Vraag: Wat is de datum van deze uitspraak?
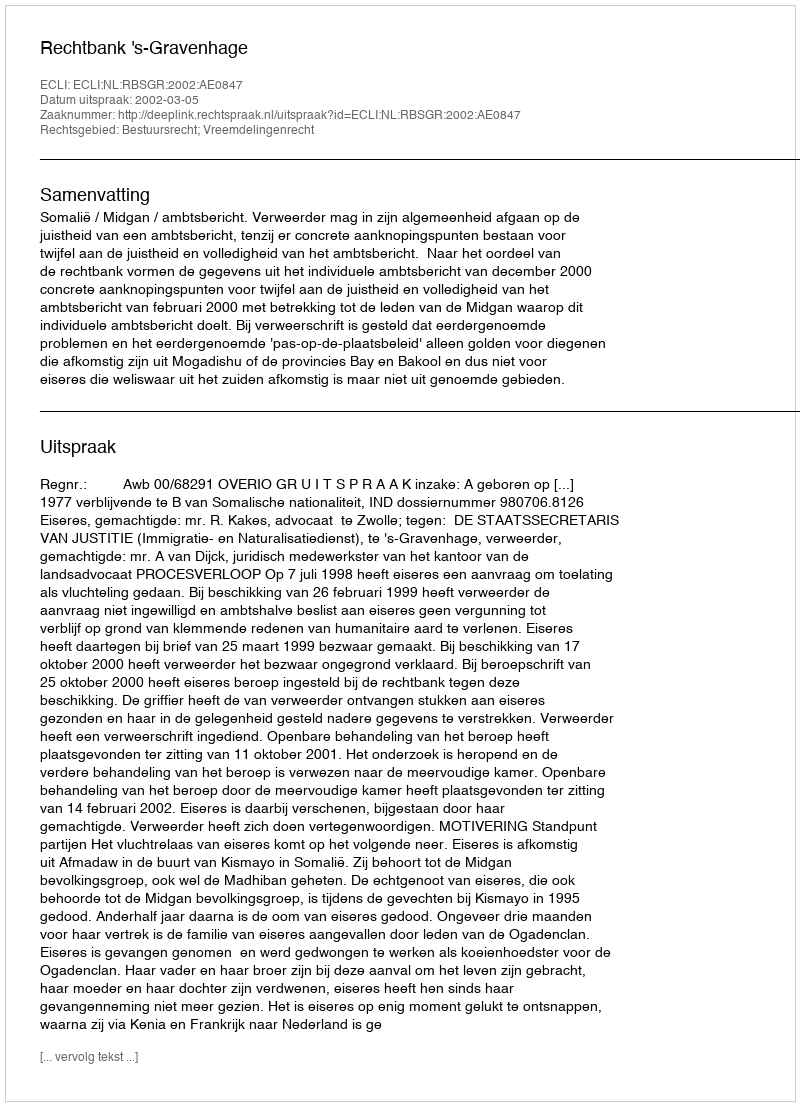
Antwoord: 2002-03-05